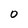
Character: O